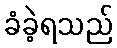
ခံခဲ့ရသည်